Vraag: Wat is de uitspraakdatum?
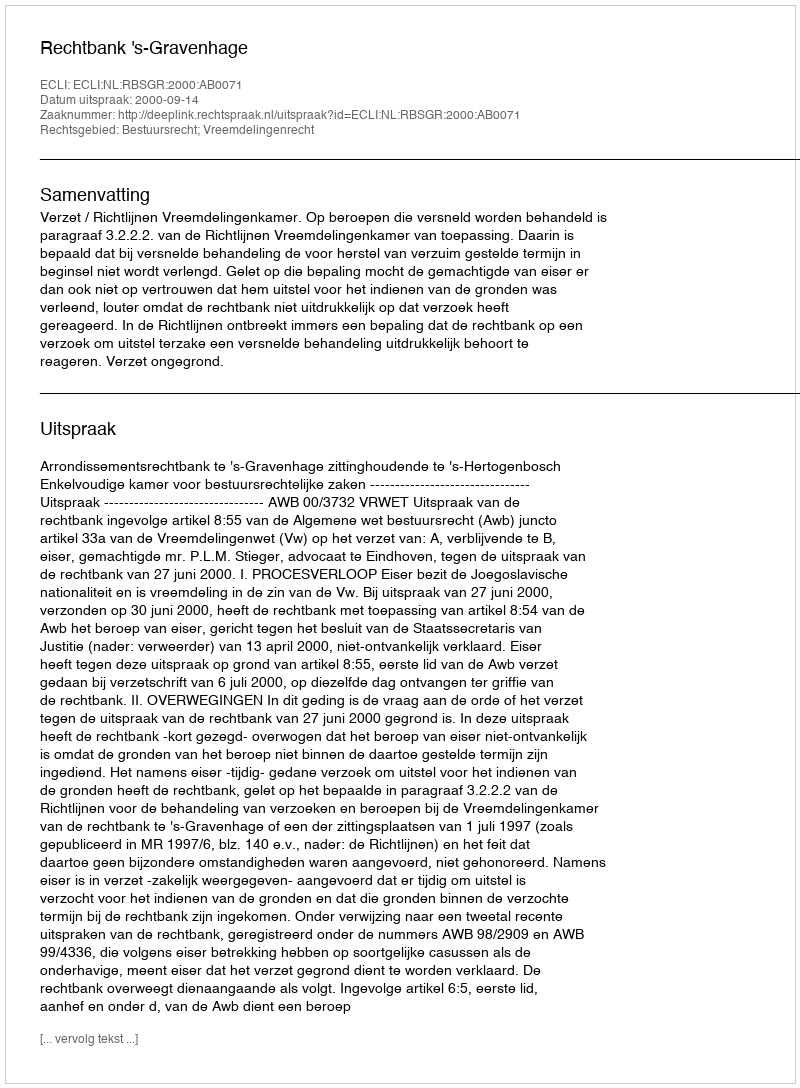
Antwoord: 2000-09-14